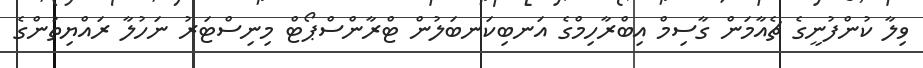
ވިލާ ކުންފުނީގެ ޗެއާމަން ގާސިމް އިބްރާހިމްގެ އަނބިކަނބަލުން ޓްރާންސްޕޯޓް މިނިސްޓަރު ނަހުލާ ރައްޔިތުންގެ